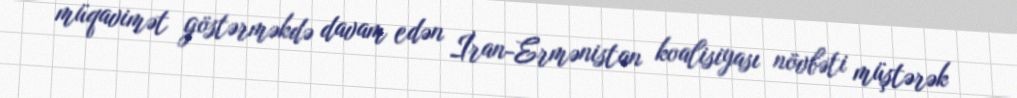
müqavimət göstərməkdə davam edən İran-Ermənistan koalisiyası növbəti müştərək